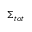
\Sigma _ { t o t }